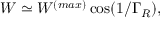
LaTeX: W \simeq W ^ { ( m a x ) } \cos ( 1 / \Gamma _ { R } ) ,